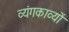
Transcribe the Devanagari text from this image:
व्यंगकाव्यों